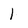
Character: 1